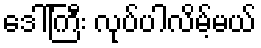
ဒေါ်ကြီး လုပ်ပါလိမ့်မယ်